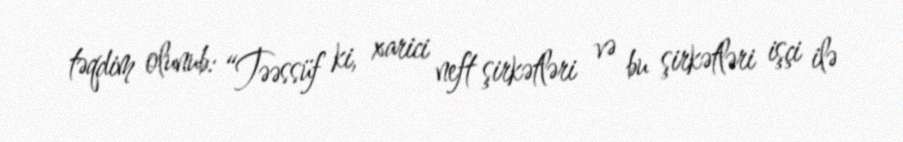
təqdim olunub: “Təəssüf ki, xarici neft şirkətləri və bu şirkətləri işçi ilə